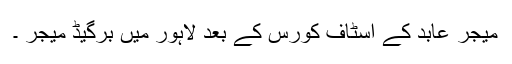
میجر عابد کے اسٹاف کورس کے بعد لاہور میں برگیڈ میجر ۔